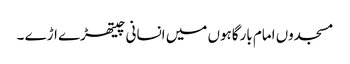
مسجدوں امام بارگاہوں میں انسانی چیتھڑے اڑے ۔